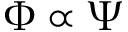
\Phi \propto \Psi